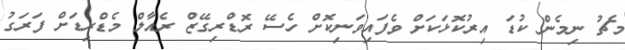
މެޗު ނިމެން ކުޑަ އިރުކޮޅަކަށް ވެފައިވަނިކޮށް ހެސޭ ރޮޑްރިގޭޒް ރެއާލް މެޑްރިޑަށް ފަރަގު